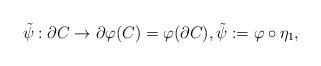
LaTeX: \begin{align*}\tilde{\psi} : \partial C \rightarrow \partial \varphi(C) = \varphi(\partial C), \tilde{\psi} := \varphi\circ \eta_1,\end{align*}